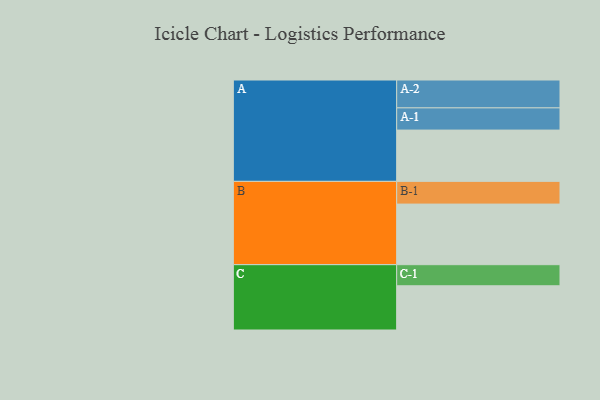
{"axis": {"x": "Segment", "y": "Value"}, "legend": ["", "A", "B", "C"], "data": [{"x": "A", "y": 508, "type": ""}, {"x": "B", "y": 600, "type": ""}, {"x": "C", "y": 438, "type": ""}, {"x": "A-1", "y": 220, "type": "A"}, {"x": "A-2", "y": 276, "type": "A"}, {"x": "B-1", "y": 225, "type": "B"}, {"x": "C-1", "y": 209, "type": "C"}]}